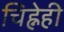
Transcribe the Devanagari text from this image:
चिह्नेही